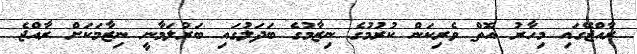
ރާއްޖޭގައި މިހާރު އޮތް ވެރިކަން ކުރުމުގެ ނިޒާމުގެ ބަދަލުގައި ބަރުލަމާނީ ނިޒާމަކަށް ރާއްޖެ